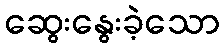
ဆွေးနွေးခဲ့သော